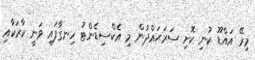
މިރޭ އައްޑޫ ކުނި ކޮށި ސަރަޙައްދުން މި އެކްސިޑެންޓު ހިނގާފައި ވަނީ ކާރަކާއި